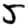
Digit: 5